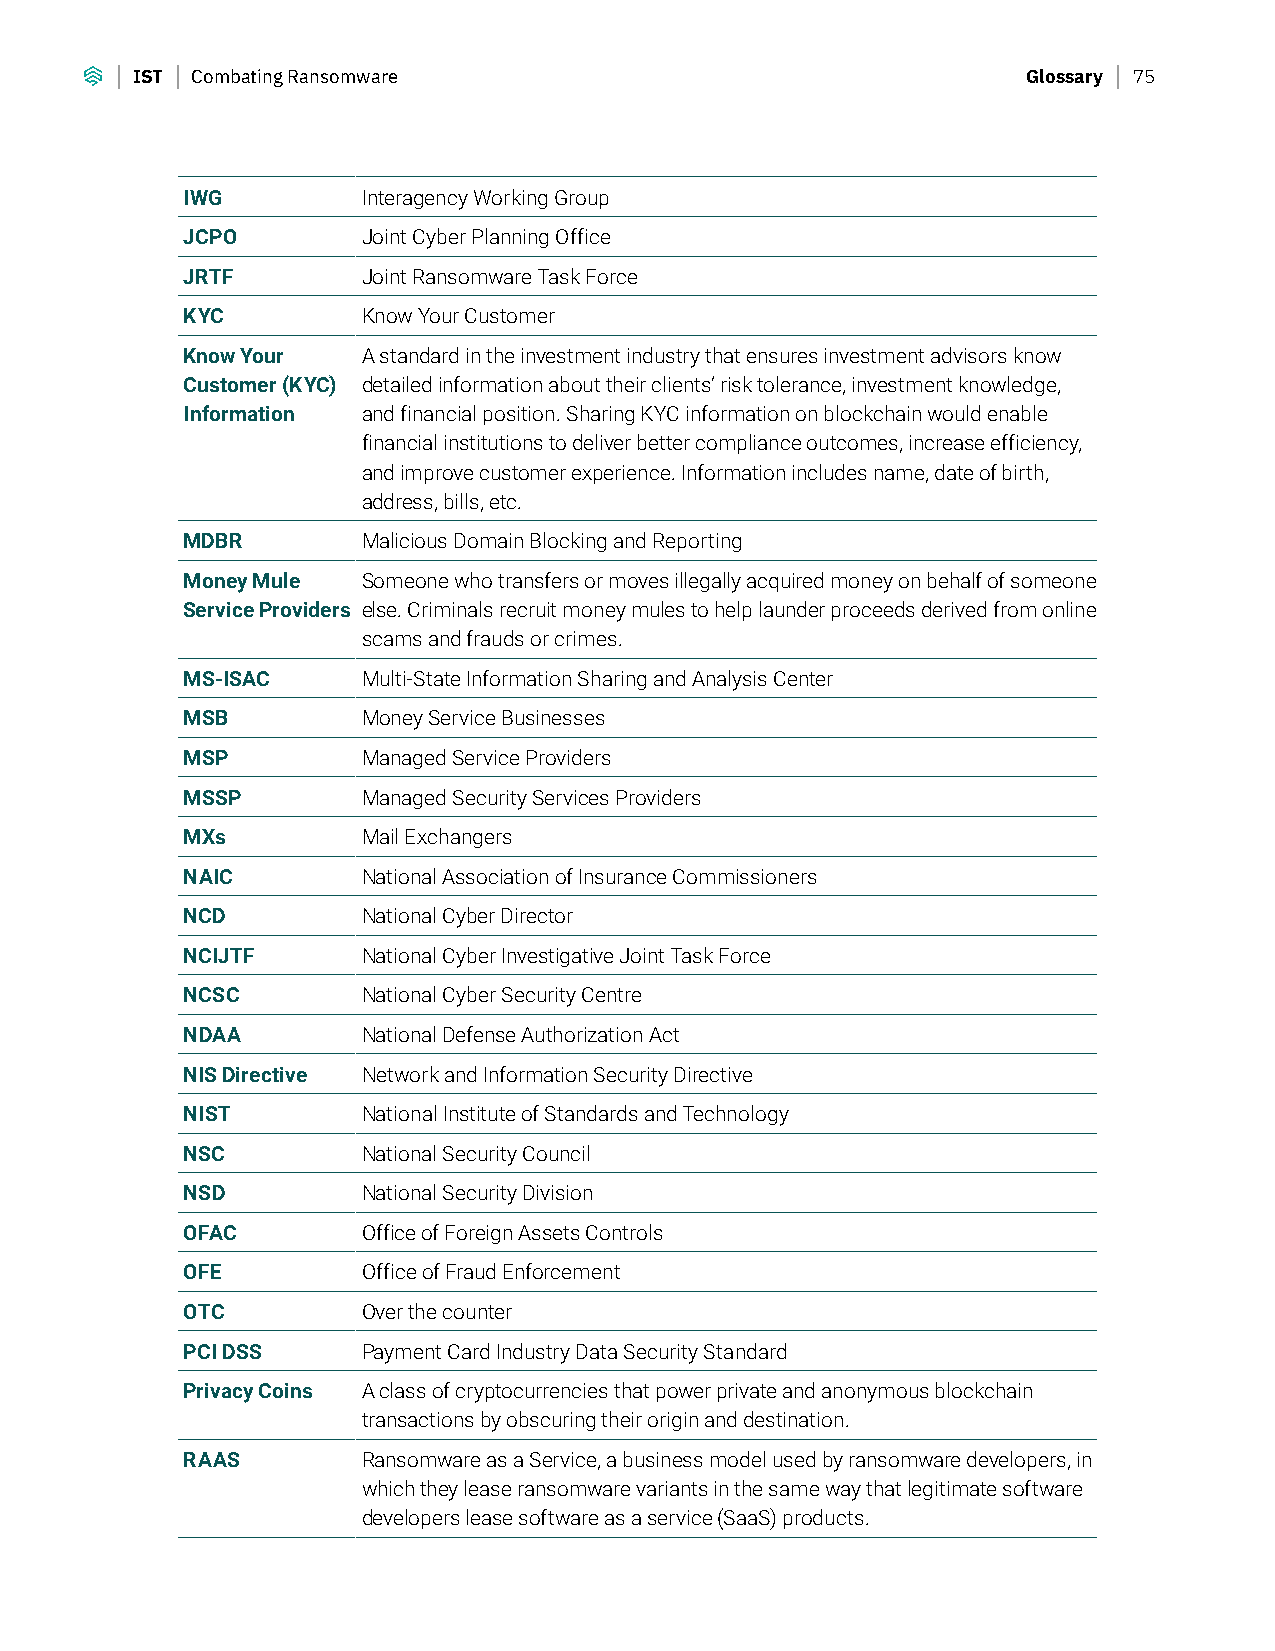
IST Combating Ransomware                                   Glossary 75
 IWG         Interagency Working Group
 JCPO        Joint Cyber Planning Office
 JRTF        Joint Ransomware Task Force
 KYC         Know Your Customer
 Know Your   A standard in the investment industry that ensures investment advisors know
 Customer (KYC) detailed information about their clients’ risk tolerance, investment knowledge,
 Information and financial position. Sharing KYC information on blockchain would enable
 financial institutions to deliver better compliance outcomes, increase efficiency,
 and improve customer experience. Information includes name, date of birth,
 address, bills, etc.
 MDBR        Malicious Domain Blocking and Reporting
 Money Mule  Someone who transfers or moves illegally acquired money on behalf of someone
 Service Providers else. Criminals recruit money mules to help launder proceeds derived from online
 scams and frauds or crimes.
 MS-ISAC     Multi-State Information Sharing and Analysis Center
 MSB         Money Service Businesses
 MSP         Managed Service Providers
 MSSP        Managed Security Services Providers
 MXs         Mail Exchangers
 NAIC        National Association of Insurance Commissioners
 NCD         National Cyber Director
 NCIJTF      National Cyber Investigative Joint Task Force
 NCSC        National Cyber Security Centre
 NDAA        National Defense Authorization Act
 NIS Directive Network and Information Security Directive
 NIST        National Institute of Standards and Technology
 NSC         National Security Council
 NSD         National Security Division
 OFAC        Office of Foreign Assets Controls
 OFE         Office of Fraud Enforcement
 OTC         Over the counter
 PCI DSS     Payment Card Industry Data Security Standard
 Privacy Coins A class of cryptocurrencies that power private and anonymous blockchain
 transactions by obscuring their origin and destination.
 RAAS        Ransomware as a Service, a business model used by ransomware developers, in
 which they lease ransomware variants in the same way that legitimate software
 developers lease software as a service (SaaS) products.